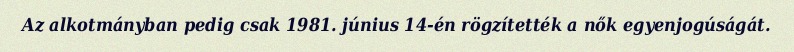
Az alkotmányban pedig csak 1981. június 14-én rögzítették a nők egyenjogúságát.